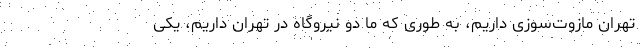
تهران مازوت‌سوزی داریم، به طوری که ما دو نیروگاه در تهران داریم، یکی